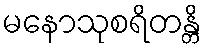
မနောသုစရိတန္တိ